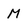
Character: M